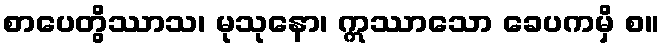
စာပေတွိဿာသ၊ မုသုနော၊ ဣဿာသော ခေပကမှိ စ။